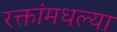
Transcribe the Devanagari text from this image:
रक्तांमधल्या